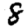
Digit: 8